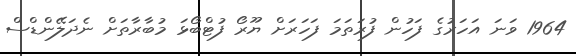
1964 ވަނަ އަހަރުގެ ފަހުން ފުރަތަމަ ފަހަރަށް ޔޫރޯ ފުޓްބޯޅަ މުބާރާތަށް ނެދަލޭންޑްސް